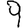
Digit: 9